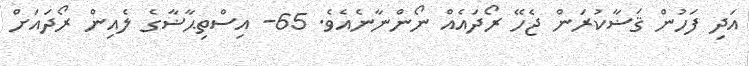
އަދި ފަހުން ޤަޟާކުރަން ޖެހޭ ރޯދައެއް ނޯންނާނެއެވެ. 65- އިސްތިޙާޟާގެ ލެއިން ރޯދައަށް